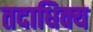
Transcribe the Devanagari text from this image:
तदाधिक्य